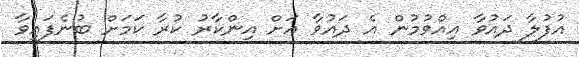
އުފުލާ ދައުވާ އިއްވުމުން އެ ދައުވާ އަށް އިންކާރު ކުރާ ކަމަށް ބުނެފައިވާ